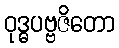
ဝုဒ္ဓပဗ္ဗဇိတော